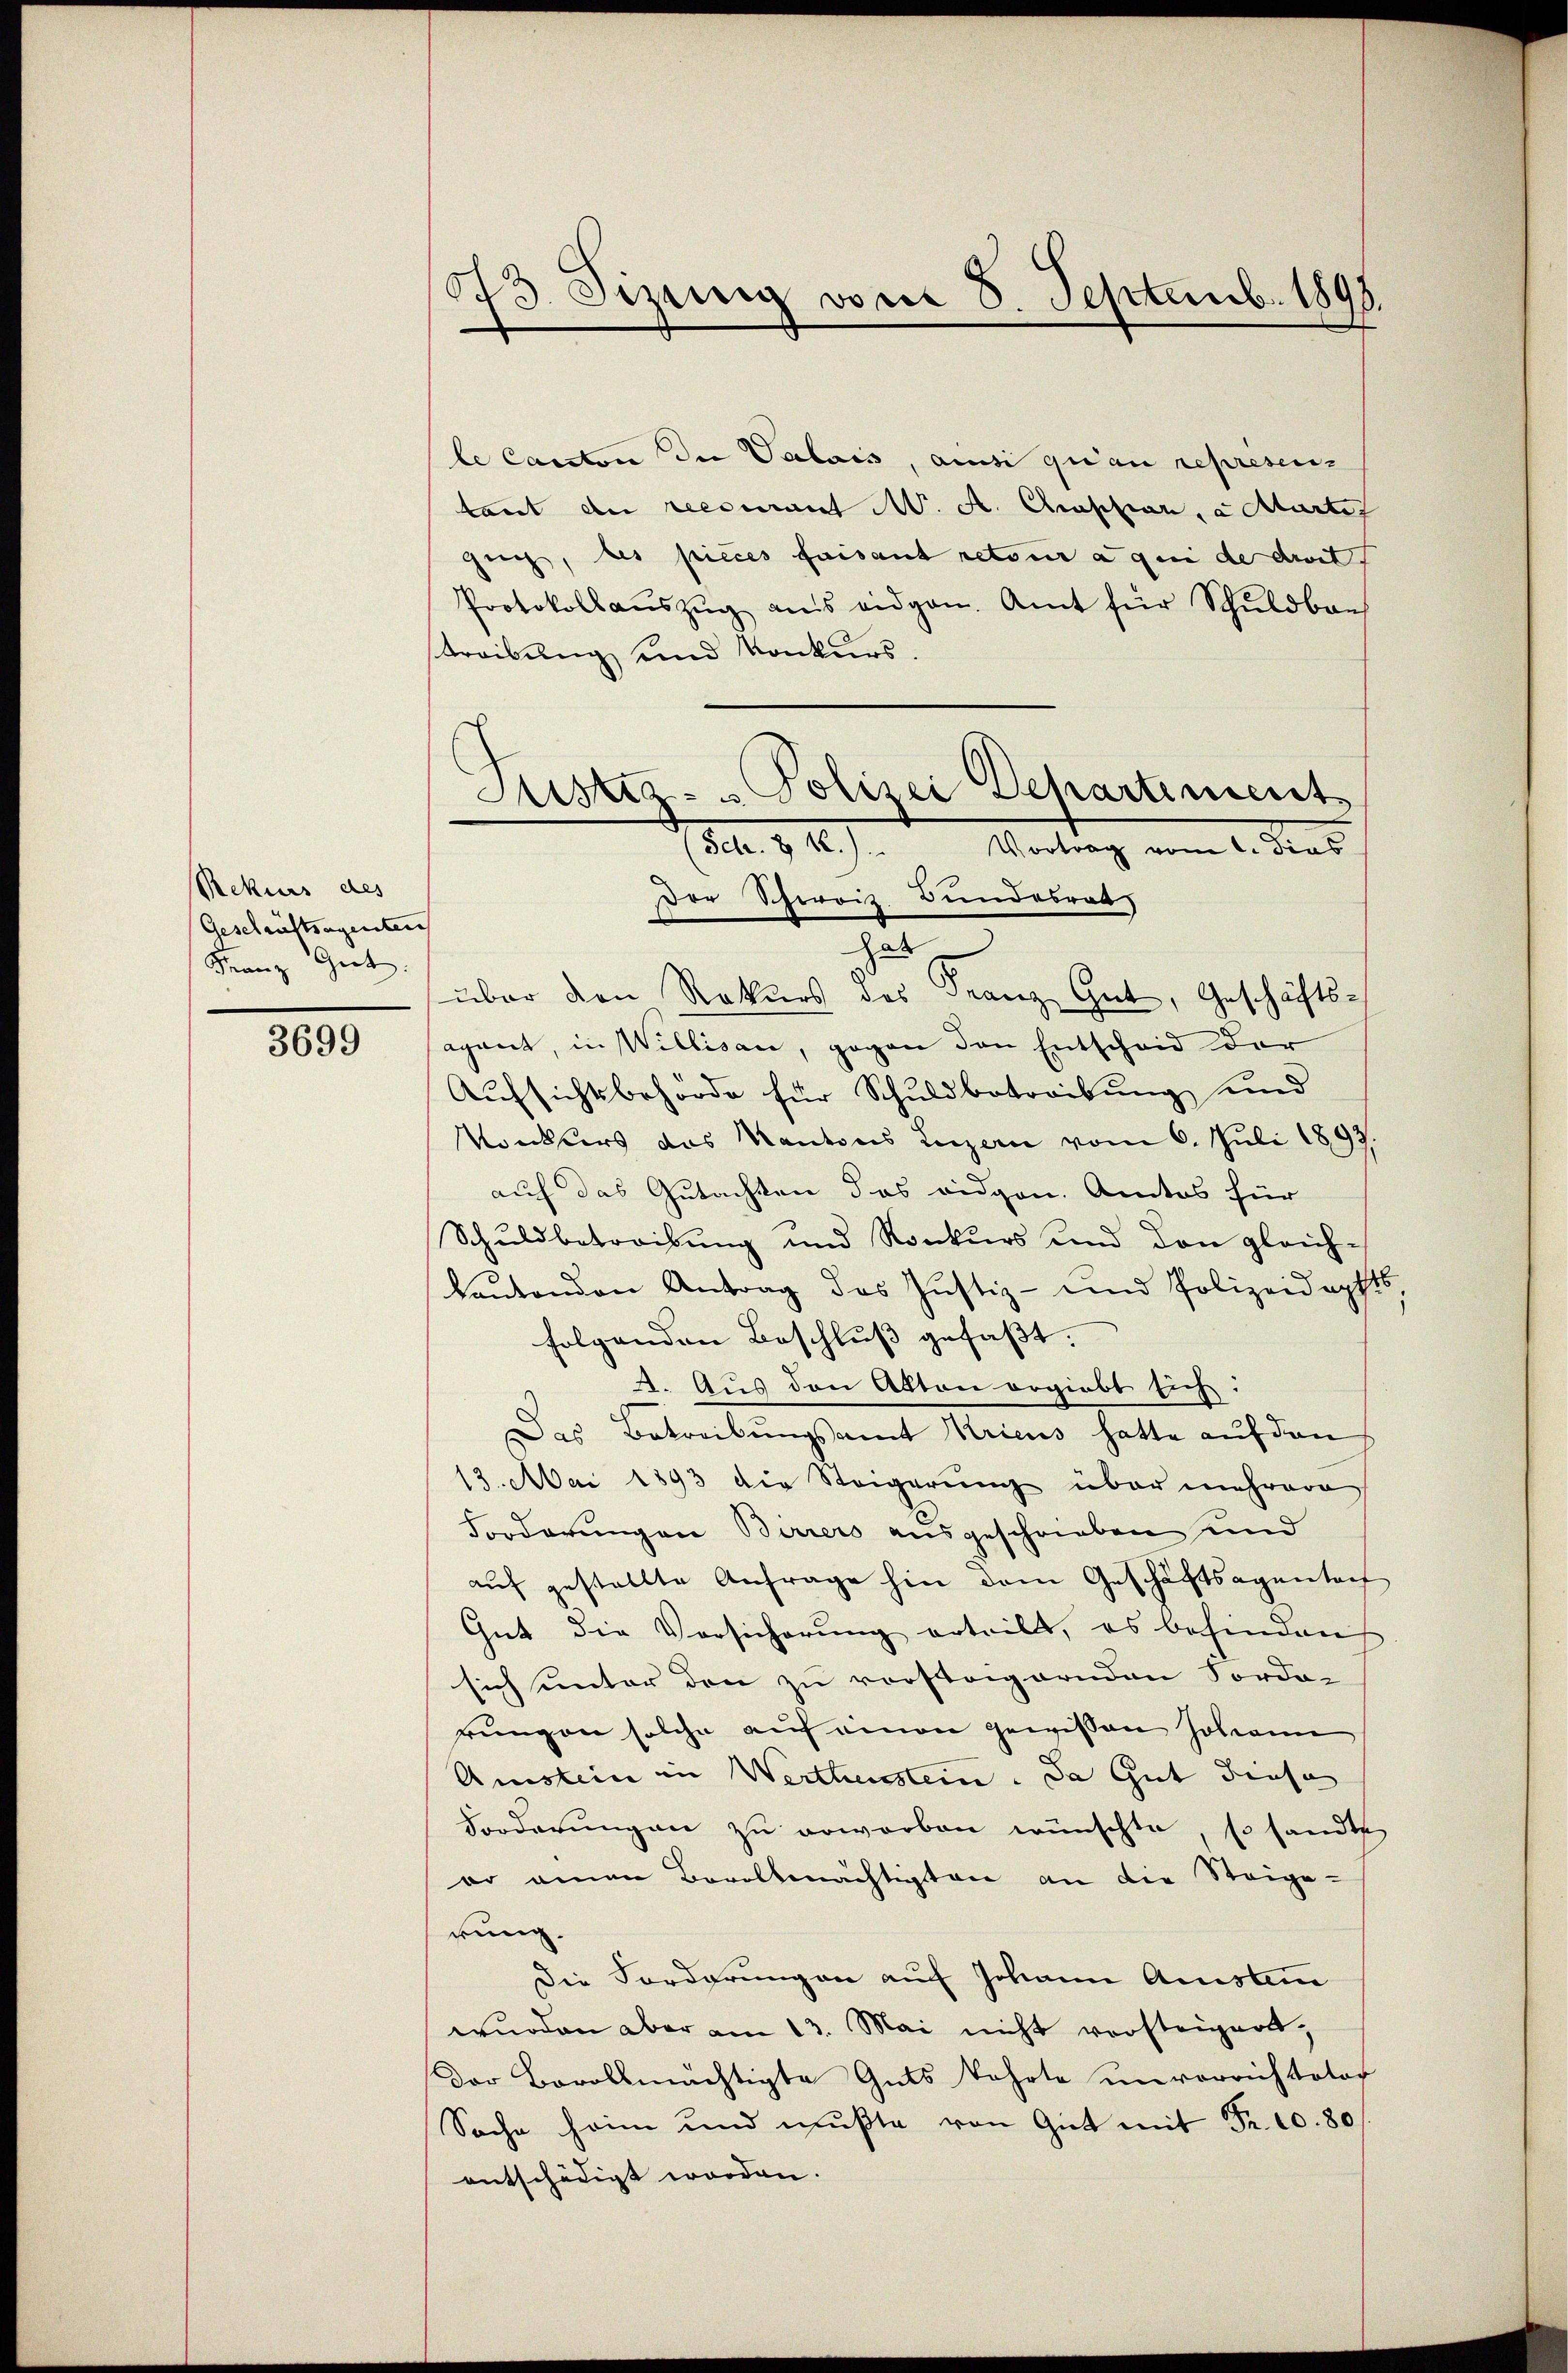
Rekurs des
(Geschriftsagenten
Franz Git

3699

173. Sizinig vom 8. Septemb. 1895.

le Canton die Valais, ansi quan represenz
tant de recourant Nr. A. Chraphier, a Martiz
gues, des pieces faisant retour a qui de dritt
Protokollaŭszŭg ans eidgen. Amt für Schuldbaus
streibung und Konkurs.
Der Schweiz. Bundesrat
u
über den Rekurs des Franz Gut, Geschäftsagant, in Willisau, gegen den Entscheid der
Aufsichtsbehörde für Schuldbetreibung und
Konkurs das Kantons Luzern vom 6. Juli 1893.
auf das Gutachten das eidgen. Amtos für
Schuldbetreibung und Konkurs und den gleich-
kantonen Antrag des Justiz- und Polizeidapfts
folgenden Beschluß gefaßt.
4. Aus den Akten ergiebt sich:
Das Betreibungsamt Kricus hatte auf den
13. Mai 1893 die Steigerung über mehrere
Forderungen Barrers ausgeschrieben und
auf gestellte Anfrage hin dem Geschäftsagentat
Gut die Vorsicherung erteilt, es behinden
sich unter den zu vorstagernden Forde-
rungen solche auf einen gewissen Johann
Anstein in Wertheisstein. Da Gut diese
Forderungen zu erworben wünschte, so sandte
eo einen Bevollmächtigten an die Steige-
rung.
Die Forderungen auf Johann Anstan
wŭrden aber am 13. Mai nicht versteigert,
Der Bevollmächtigte Guts kehrte unvorrichtstof
Sache heim und mußte von Gut mit Fr. 10. 80
entschädigt worden.

Justiz- u Polizei Departiment
Sch. & 1.) Vortrag vom 1. dies